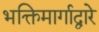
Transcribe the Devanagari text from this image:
भक्तिमार्गाद्वारे